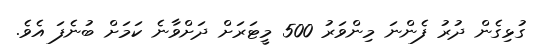
ގުޅިގެން ދުރު ފެންނަ މިންވަރު 500 މީޓަރަށް ދަށްވާނެ ކަމަށް ބުނެފަ އެވެ.